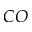
C O